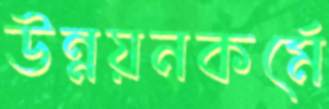
উন্নয়নকর্মে